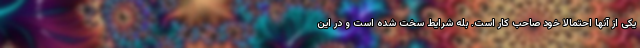
یکی از آنها احتمالا خود صاحب کار است. بله شرایط سخت شده است و در این